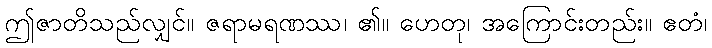
ဤဇာတိသည်လျှင်။ ဇရာမရဏဿ၊ ၏။ ဟေတု၊ အကြောင်းတည်း။ ဧတံ၊